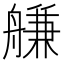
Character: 𦩵